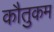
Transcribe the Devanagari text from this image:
कौतुकम